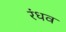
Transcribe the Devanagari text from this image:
रंधव